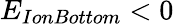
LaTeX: E_{IonBottom}<0